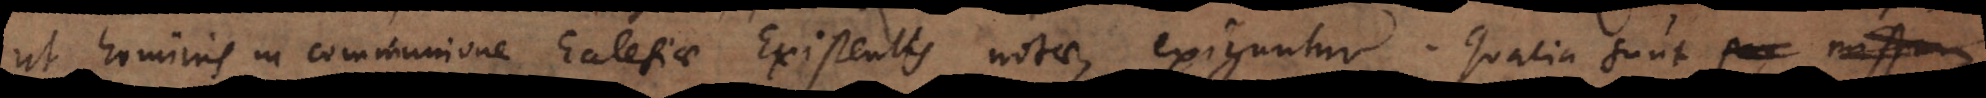
ut hominis in communione Ecclesiae Existentis notae, exiguntur. Qualia sunt